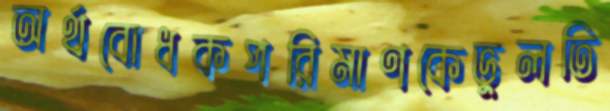
অর্থবোধকপরিমাণকেভুলতি